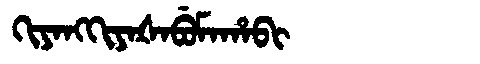
Manchu: ᡴᡳᠶᠠᠩᡴᡳᠶᠠᡧᠠᠪᡠᠮᠠᡥᠠᠪᡳ
Romanization: KIYANGKIYAŠABUMAHABI